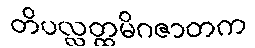
တိပလ္လတ္ထမိဂဇာတက